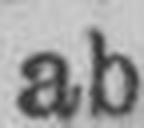
ab